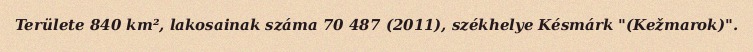
Területe 840 km², lakosainak száma 70 487 (2011), székhelye Késmárk "(Kežmarok)".